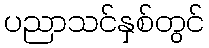
ပညာသင်နှစ်တွင်